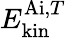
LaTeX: E_{\mathrm{kin}}^{\mathrm{Ai},T}